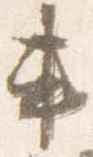
車